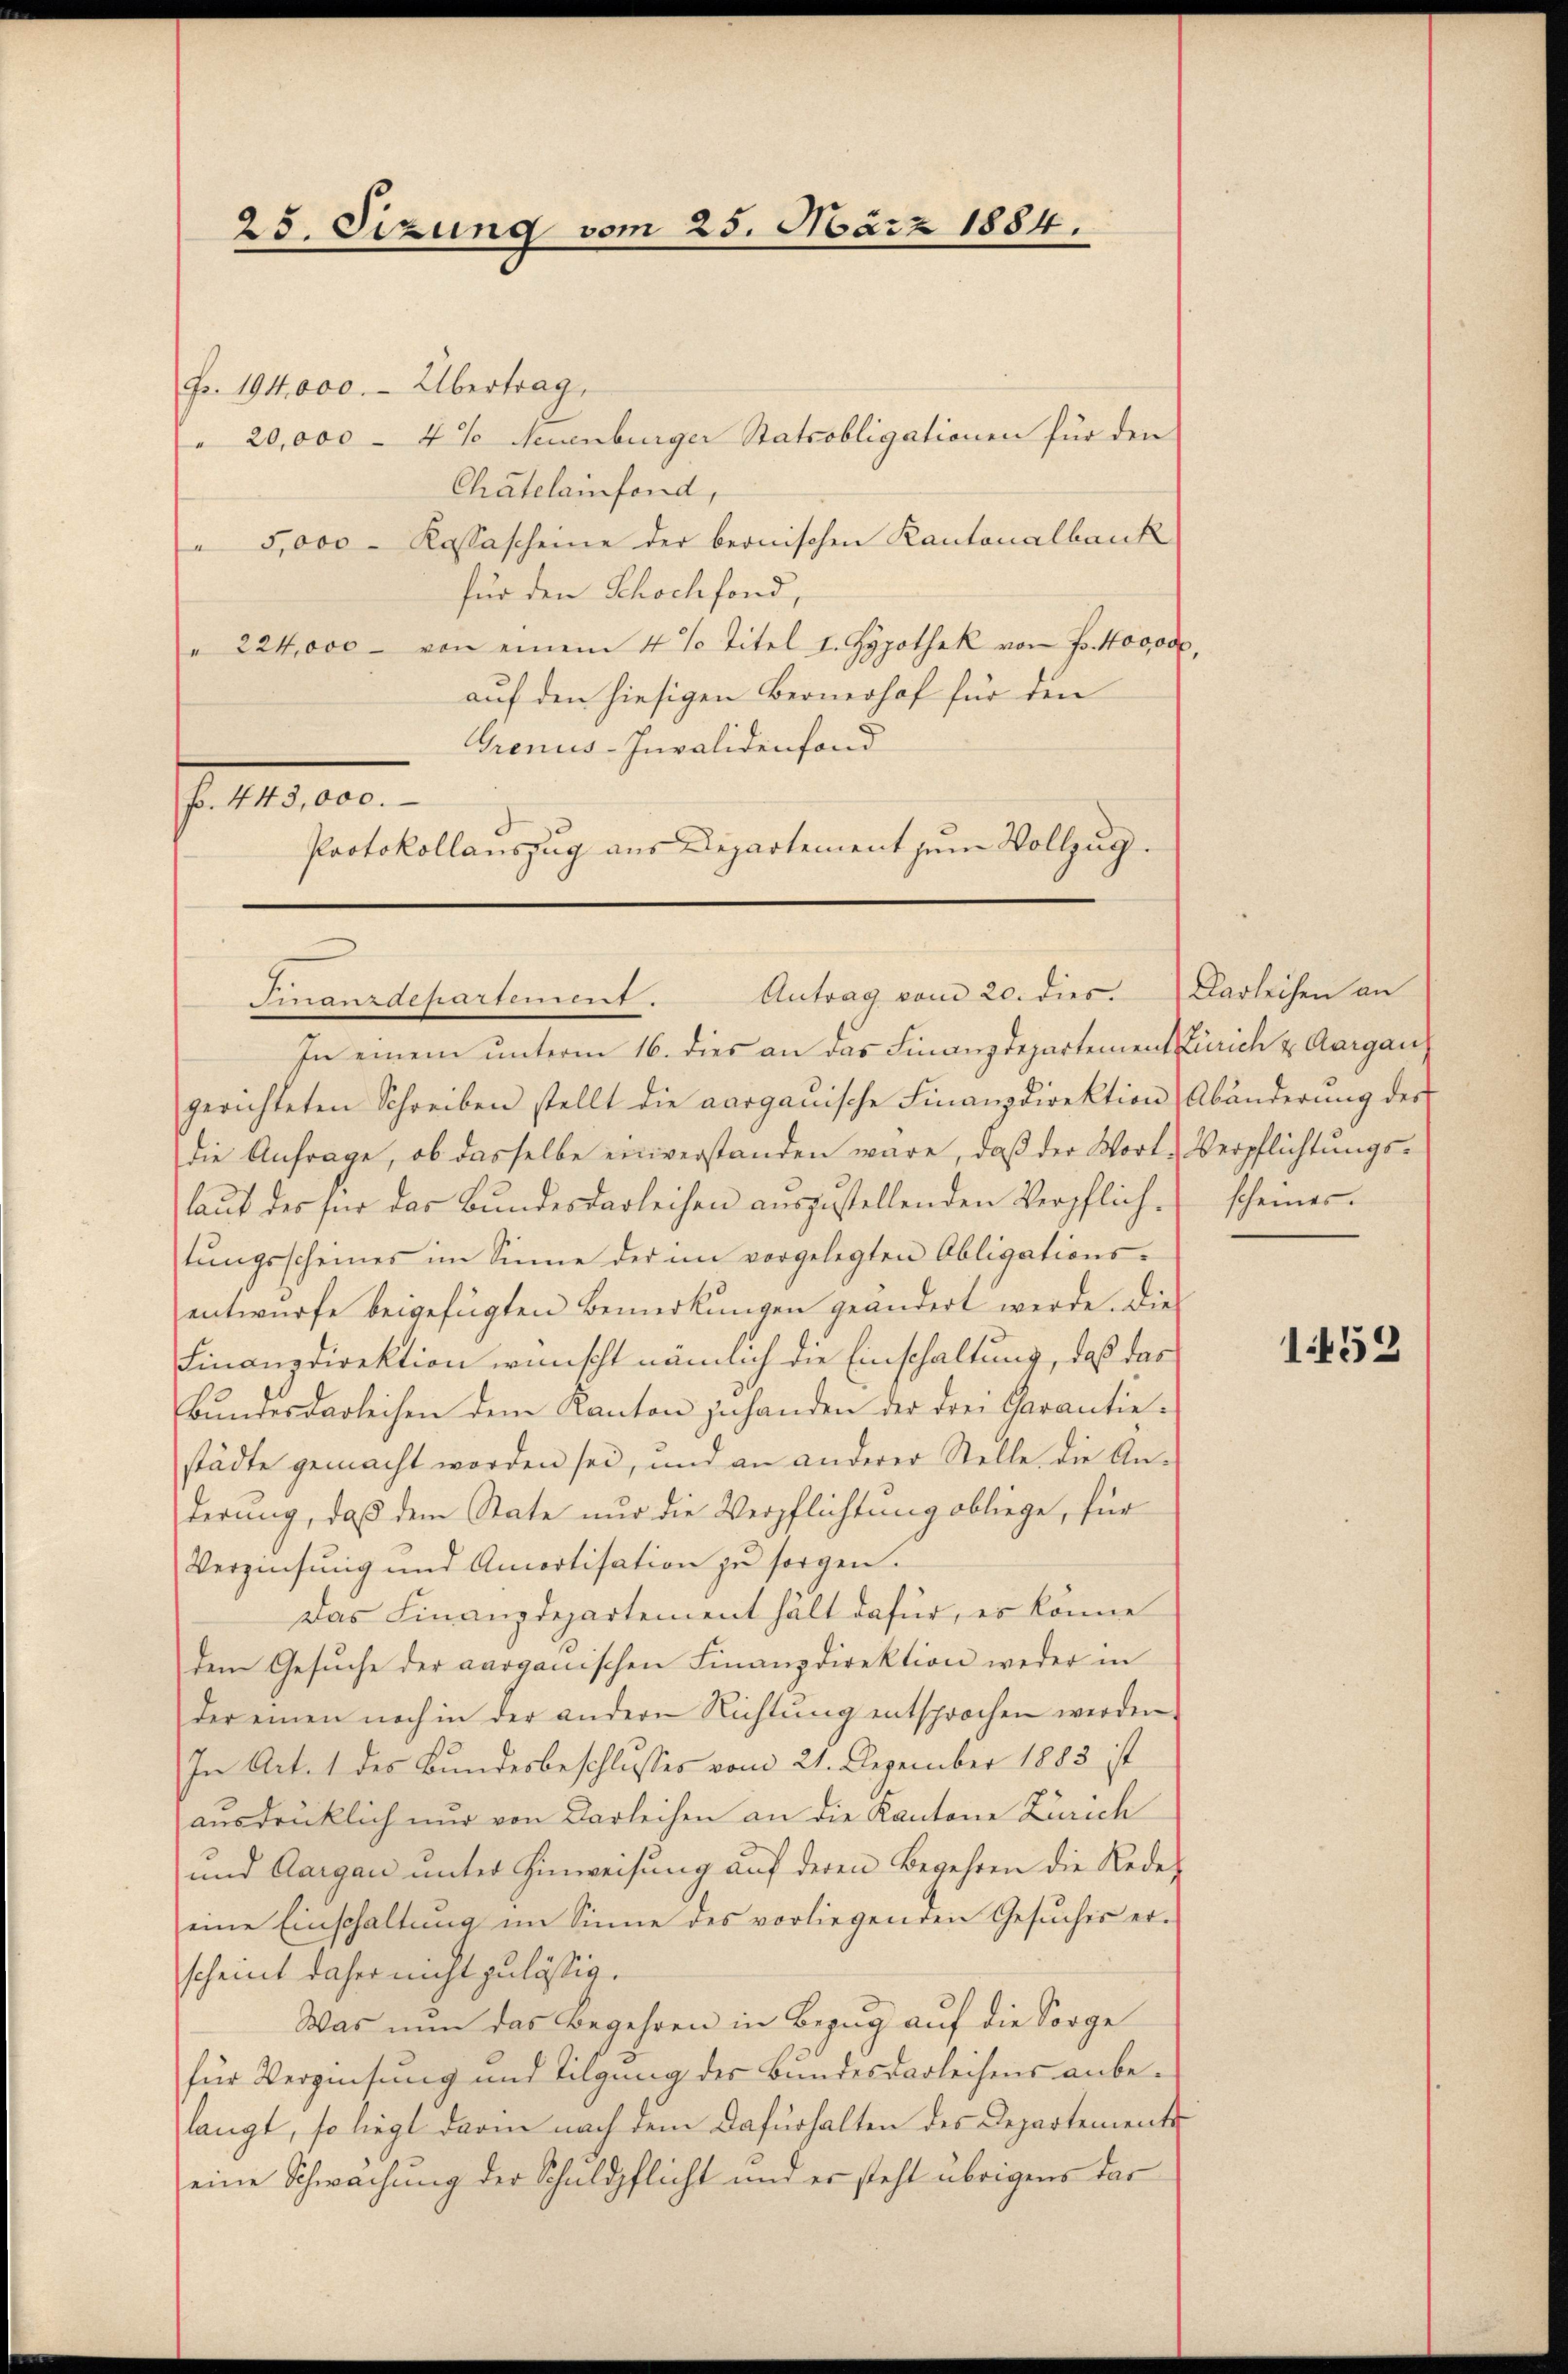
Fr. 104,000. - Übertrag.
" 20,000 - 4% Neuenburger Statsobligationen für den
Chatelainfond,
5,000 Kassascheine der bernischen Kantonalbank
für den Schochfond,
" 224,000 - von einem 4 % Titel I. Hypothek von Fr. 40000
auf den hiesigen Bernerhof für den
Grenus-Invalidenfond
. 1419. 100.
Protokollauszug aus Departement zum Vollzug.

25. Sizung vom 25. März 1884.

Antrag vom 20. dies
Finanzisharfen.7.

In einem ŭnterm 16. dies an das Finanzdepartement Zürich & Aargau
gerichteten Schreiben stellt die aargauische Finanzdirektion Abänderŭng der
die Anfrage, ob dasselbe einverstanden wäre, daβ der Wort-Verpflichtŭngs-
laŭt des für das Bŭndesdarleihen aŭszŭstellenden Verpflich scheines.
tŭngsscheines im Sinne der im vorgelegten Obligations-
entwürfe beigefügten Bemerkungen geändert werde. Die
Finanzdirektion wünscht nämlich die Einschaltung, daß das
Bŭndesdarleihen dem Kanton zu handen der drei Carantie-
städte gemacht worden sei, und an anderer Stelle die An-
derung, daß dem State nur die Verpflichtung obliege, für
Verzinsung und Amortisation zu sorgen.
Das Finanzdepartement hält dafür, es könne
dem Gesŭche der aarganischen Finanzdirektion weder in
der einen noch in der andern Richtŭng entsprochen werden
In Art. 1 des Bundesbeschlusses vom 21. Dezember 1883 ist
ausdrücklich nur von Darleihen an die Kantone Zürich
und Aargau unter Hinweisung auf deren Begehren die Rede,
eine Einschaltung im Sinne des vorliegenden Gesŭches er-
scheint daher nicht zulässig.
Was nun das Begehren in Bezug auf die Sorge
für Verzinsung und Tilgung des Bundesdarleihens anbelangt, so liegt darin nach dem Dafürhalten des Departements
eine Schwachung der Schuldpflicht und er steht übrigens das

2

Darleihen an

1452